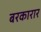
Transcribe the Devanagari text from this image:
बरकारार